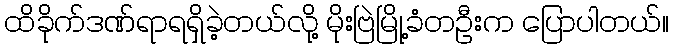
ထိခိုက်ဒဏ်ရာရရှိခဲ့တယ်လို့ မိုးဗြဲမြို့ခံတဦးက ပြောပါတယ်။